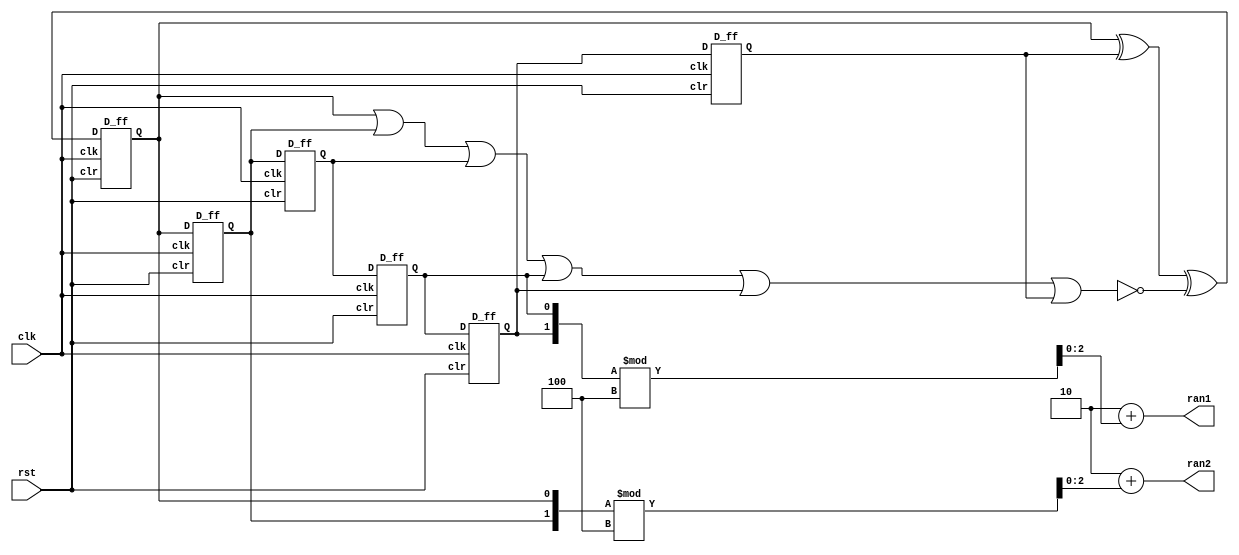
module getrandom(clk,rst,ran1,ran2);//clk0.5Hz

	parameter MIN=2,MAX=5;           //MIN~MAX

input clk,rst;
output [2:0] ran1,ran2;
wire ran_tmp0,ran_tmp1,ran_tmp2,ran_tmp3,ran_tmp4,ran_tmp5;
wire w,z;
wire y;

//6M
D_ff FF0(clk,rst,y,ran_tmp0);
D_ff FF1(clk,rst,ran_tmp0,ran_tmp1);
D_ff FF2(clk,rst,ran_tmp1,ran_tmp2);
D_ff FF3(clk,rst,ran_tmp2,ran_tmp3);
D_ff FF4(clk,rst,ran_tmp3,ran_tmp4);
D_ff FF5(clk,rst,ran_tmp4,ran_tmp5);
nor nr1(z,ran_tmp0,ran_tmp1,ran_tmp2,ran_tmp3,ran_tmp4,ran_tmp5);
xor xr1(w,ran_tmp0,ran_tmp5);
xor xr2(y,w,z);

assign ran1=2+{ran_tmp4,ran_tmp3}%(MAX-MIN+1);          //2~5
assign ran2=2+{ran_tmp1,ran_tmp0}%(MAX-MIN+1);

endmodule

module D_ff(clk,clr,D,Q);//D
input clk,D,clr;         //Dclr
output reg Q;

always @(posedge clk)	//
begin
	if(clr) Q<=1'b0;
	else Q<=D;
end

endmodule